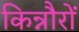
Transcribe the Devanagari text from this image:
किन्नौरों